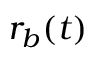
r _ { b } ( t )